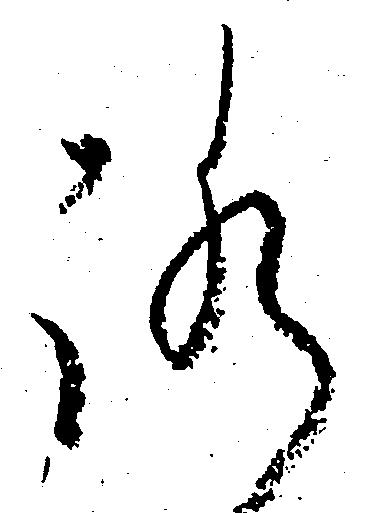
ろ